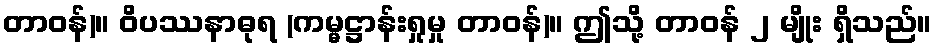
တာဝန်)။ ဝိပဿနာဓုရ (ကမ္မဋ္ဌာန်းရှုမှု တာဝန်)။ ဤသို့ တာဝန် ၂ မျိုး ရှိသည်။